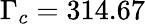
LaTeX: \Gamma_{c}=314.67